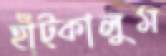
হাঁট্‌কালুম